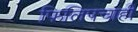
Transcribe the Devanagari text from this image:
फिलिपचाही